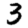
Digit: 3